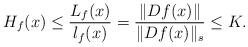
LaTeX: \begin{align*} H_f(x)\leq \frac{L_f(x)}{l_f(x)}=\frac{\|Df(x)\|}{\|Df(x)\|_s}\leq K. \end{align*}